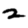
Digit: 2